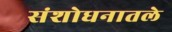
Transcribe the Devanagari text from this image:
संशोधनातले